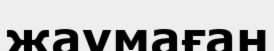
жаумаған